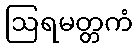
ဩရမတ္တကံ